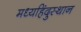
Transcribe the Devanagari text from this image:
मध्यहिंदुस्थान